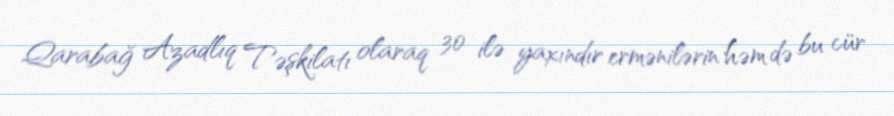
Qarabağ Azadlıq Təşkilatı olaraq 30 ilə yaxındır ermənilərin həm də bu cür